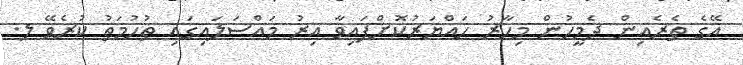
އޭގެ ތެރެއިން ދެމީހުން މިހާރު ހައްޔަރުކޮށްފައިވާ އިރު މައްސަލައިގައި ތުހުމަތު ކުރެވޭ ލ.